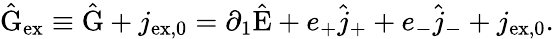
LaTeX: \hat{\mathrm{G}}_{\mathrm{ex}}\equiv\hat{\mathrm{G}}+j_{\mathrm{ex,0}}=\partial_{1}\hat{\mathrm{E}}+e_{+}\hat{j}_{+}+e_{-}\hat{j}_{-}+j_{\mathrm{ex,0}}.